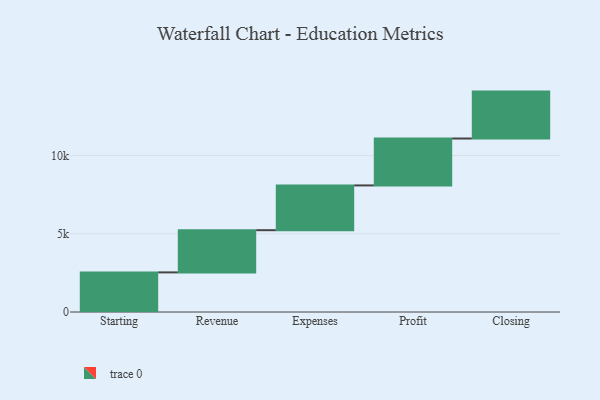
{"axis": {"x": "Step", "y": "Value"}, "legend": [""], "data": [{"x": "Starting", "y": 2532.0, "type": ""}, {"x": "Revenue", "y": 2699.0, "type": ""}, {"x": "Expenses", "y": 2862.0, "type": ""}, {"x": "Profit", "y": 3000, "type": ""}, {"x": "Closing", "y": 3000, "type": ""}]}